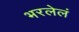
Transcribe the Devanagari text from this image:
भरलेलं